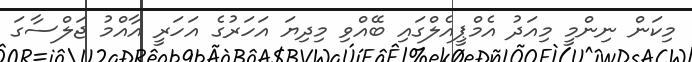
މިކަން ނިންމީ މިއަދު އެމްޕީއެލްގައި ބޭއްވި މިދިޔަ އަހަރުގެ އަހަރީ އާއްމު ޖަލްސާގަ